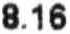
8.16